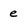
Character: e